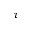
\tau